Source: Handwritten
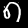
Digit: ၈ (8)